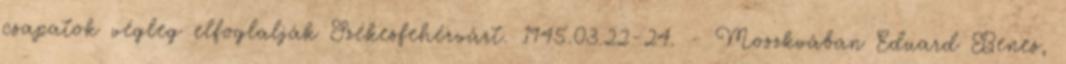
csapatok végleg elfoglalják Székesfehérvárt. 1945.03.22-24. - Moszkvában Eduard Benes,